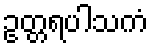
ဥတ္တရပါသကံ